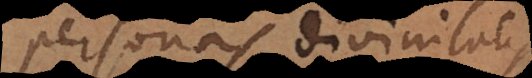
personas divinitatis